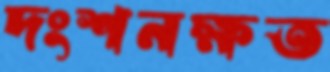
দংশনক্ষত